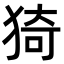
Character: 猗